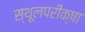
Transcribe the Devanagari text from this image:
स्थूलपरीक्षा